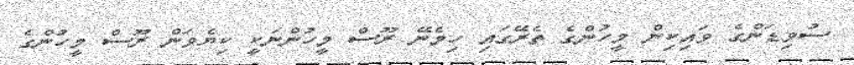
ސުވިޑަންގެ ވައިކިން މީހުންގެ ތެރޭގައި ހިމެނޭ ރޫސް މީހުންނަކީ ކިޔެވަން ރޫސް މީހުންގެ